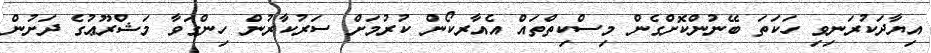
އިޔާދަކުރަނިވި ހަކަތަ ބޭނުންކޮށްގެން މިސްކިތްތައް އެއާރކޯން ކުރުމަށް ސަރުކާރުން ހިންގަވާ މަޝްރޫޢުގެ ދަށުން